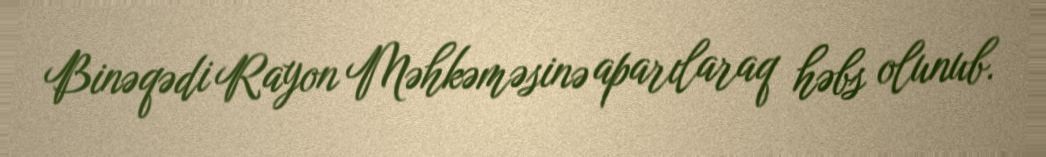
Binəqədi Rayon Məhkəməsinə aparılaraq həbs olunub.